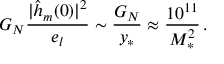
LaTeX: G _ { N } { \frac { | \hat { h } _ { m } ( 0 ) | ^ { 2 } } { e _ { l } } } \sim { \frac { G _ { N } } { y _ { * } } } \approx { \frac { 1 0 ^ { 1 1 } } { M _ { * } ^ { 2 } } } \, .